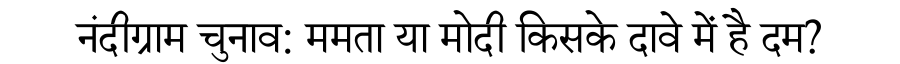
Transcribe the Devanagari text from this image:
नंदीग्राम चुनाव: ममता या मोदी किसके दावे में है दम?